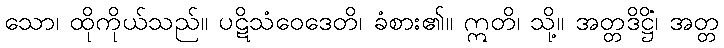
သော၊ ထိုကိုယ်သည်။ ပဋိသံဝေဒေတိ၊ ခံစား၏။ ဣတိ၊ သို့။ အတ္တဒိဋ္ဌိံ၊ အတ္တ